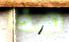
هذا